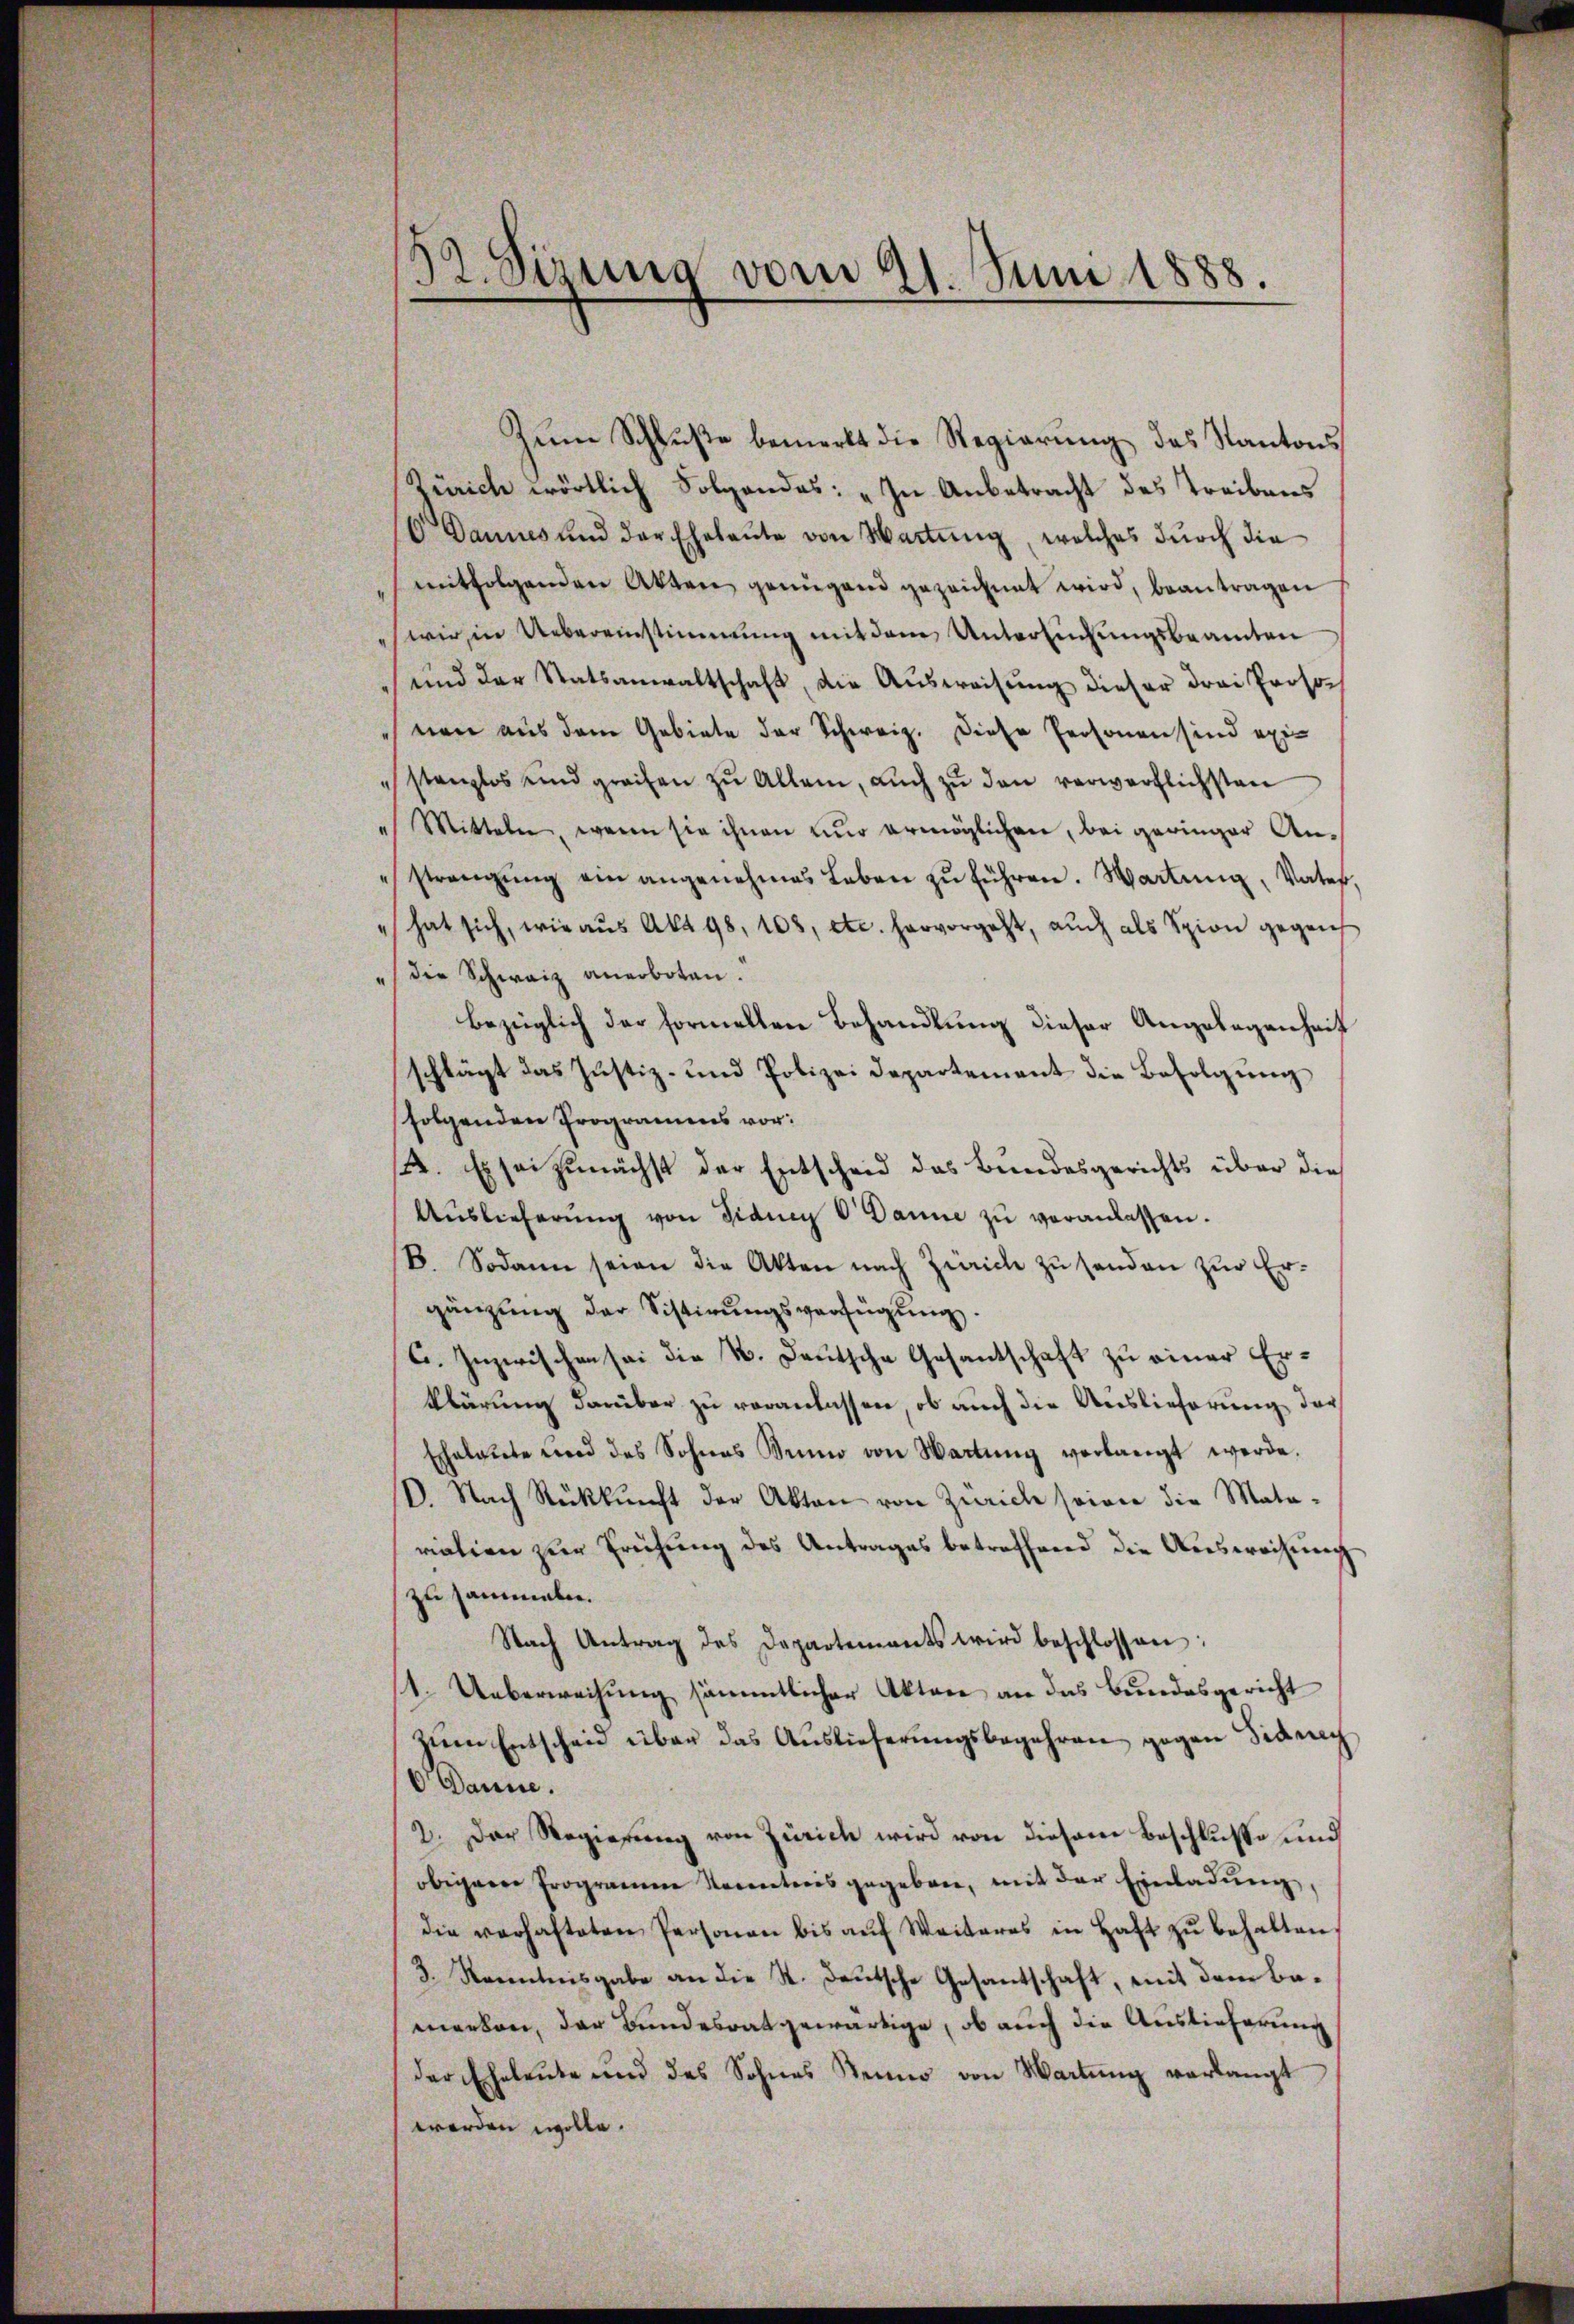
zum Schluße bemerkt die Regierung des Kantons
Zürich wörtlich Folgendes: „In Anbetracht des Treibens
6 Dannes und der Eheleŭte von Wartŭng, welches dŭrch die
mitfolgenden Akten genügend gezeichnet wird, beantragen
wir in Uebereinstimmung mit dem Untersuchungsbeamten
und der Statsanwaltschaft, die Ausweisung dieser drei Prosonen aus dem Gebiete der Schweiz. Diese Personen sind existanzlos und greifen zŭ Allem, aŭch zŭ den verwerflichsten
" Mitteln, wenn sie ihnen nur ermöglichen, bei geringer Anstrangŭng ein angenehmes Leben zŭ führen. Wartung, Vater,
" hat sich, wie aus Akt 98, 108, etc. hervorgeht, auch als Spion gegens
" die Schwarz anerboten.
bezüglich der formelten Behandlung dieser Angelegenheit
schlägt das Justiz- und Polizei Departement die Befolgung
folgenden Programens vor:
1. Es sei zunächst der Entscheid das Bundesgerichts über die
Auslieferung von Fidung V Danne zu veranlassen.
B. Sodann seien die Akten nach Zürich zu senden zur Ergänzŭng der Sistirŭngsverfügŭng.
C. Inzwischen sei die N. Deutsche Gesantschaft zu einer Erklärung darüber zu veranlassen, ob auch die Auslieferung der
Echalaŭte und des Sohnes Bruno von Wartŭng verlangt werde.
B. Nach Rückkunft der Akten von Zürich seine die Mata-
riation zur Prüfung des Antrages betreffend die Ausweisung
zu sammelen.
Nach Antrag des Departements wird beschlossen:
1. Ueberweisung sämmtlicher Akten an das Bundesgericht
zum Entscheid über das Auslieferungsbegehren gegen Sidrech
6 Danne.
2. Der Regierung von Zürich wird von diesem Beschlusse und
obrigenen Programme Neunteres gegeben, mit der Einladŭng,
die verhafteten Personen bis aŭf Weiteres in Haft zŭ behalten,
3. Kenntnisgabe an die St. Deutsche Gesantschaft, mit dem bemerken, der Bundesrat gewärtige, ob auch die Auslieferung
der Eheleute und des Sohnes Seiner von Wartung verlangt
werden wolle.

52. Sirung vom 21. Juni 1888.